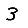
Digit: 3